Document type: Oath
Year: 1447
Scribe: Pere Figuerola
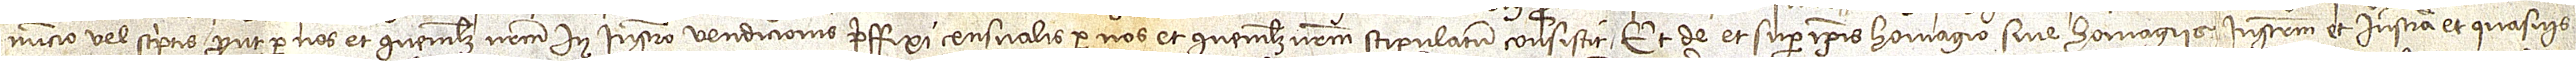
nuncio vel scriptis, prout per nos et quemlibet nostrum in instrumento vendicionis preffixi censualis per nos et quemlibet nostrum stipulatum consistit; et de super ipsis homagio sive homagiis instrumentum et instrumenta et quasvis